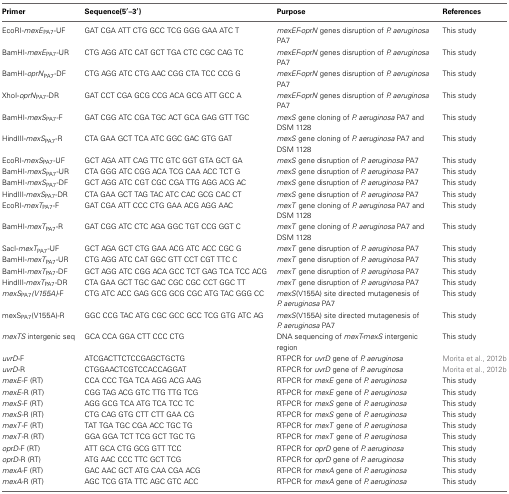
<table><thead><tr><td><b>Primer</b></td><td><b>Sequence(5′–3′)</b></td><td><b>Purpose</b></td><td><b>References</b></td></tr></thead><tbody><tr><td>EcoRI-<i>mexE</i><sub>PA7</sub>-UF</td><td>GAT CGA ATT CTG GCC TCG GGG GAA ATC T</td><td><i>mexEF-oprN</i> genes disruption of <i>P. aeruginosa</i> PA7</td><td>This study</td></tr><tr><td>BamHI-<i>mexE</i><sub>PA7</sub>-UR</td><td>CTG AGG ATC CAT GCT TGA CTC CGC CAG TC</td><td><i>mexEF-oprN</i> genes disruption of <i>P. aeruginosa</i> PA7</td><td>This study</td></tr><tr><td>BamHI-<i>oprN</i><sub>PA7</sub>-DF</td><td>CTG AGG ATC CTG AAC CGG CTA TCC CCG G</td><td><i>mexEF-oprN</i> genes disruption of <i>P. aeruginosa</i> PA7</td><td>This study</td></tr><tr><td>XhoI-<i>oprN</i><sub>PA7</sub>-DR</td><td>GAT CCT CGA GCG CCG ACA GCG ATT GCC A</td><td><i>mexEF-oprN</i> genes disruption of <i>P. aeruginosa</i> PA7</td><td>This study</td></tr><tr><td>BamHI-<i>mexS</i><sub>PA7</sub>-F</td><td>GAT CGG ATC CGA TGC ACT GCA GAG GTT TGC</td><td><i>mexS</i> gene cloning of <i>P. aeruginosa</i> PA7 and DSM 1128</td><td>This study</td></tr><tr><td>HindIII-<i>mexS</i><sub>PA7</sub>-R</td><td>CTA GAA GCT TCA ATC GGC GAC GTG GAT</td><td><i>mexS</i> gene cloning of <i>P. aeruginosa</i> PA7 and DSM 1128</td><td>This study</td></tr><tr><td>EcoRI-<i>mexS</i><sub>PA7</sub>-UF</td><td>GCT AGA ATT CAG TTC GTC GGT GTA GCT GA</td><td><i>mexS</i> gene disruption of <i>P. aeruginosa</i> PA7</td><td>This study</td></tr><tr><td>BamHI-<i>mexS</i><sub>PA7</sub>-UR</td><td>CTA GGG ATC CGG ACA TCG CAA ACC TCT G</td><td><i>mexS</i> gene disruption of <i>P. aeruginosa</i> PA7</td><td>This study</td></tr><tr><td>BamHI<i>-mexS</i><sub>PA7</sub>-DF</td><td>GCT AGG ATC CGT CGC CGA TTG AGG ACG AC</td><td><i>mexS</i> gene disruption of <i>P. aeruginosa</i> PA7</td><td>This study</td></tr><tr><td>HindIII-<i>mexS</i><sub>PA7</sub>-DR</td><td>CTA GAA GCT TAG TAC ATC CAC GCG CAC CT</td><td><i>mexS</i> gene disruption of <i>P. aeruginosa</i> PA7</td><td>This study</td></tr><tr><td>EcoRI-<i>mexT</i><sub>PA7</sub>-F</td><td>GAT CGA ATT CCC CTG GAA ACG AGG AAC</td><td><i>mexT</i> gene cloning of <i>P. aeruginosa</i> PA7 and DSM 1128</td><td>This study</td></tr><tr><td>BamHI-<i>mexT</i><sub>PA7</sub>-R</td><td>GAT CGG ATC CTC AGA GGC TGT CCG GGT C</td><td><i>mexT</i> gene cloning of <i>P. aeruginosa</i> PA7 and DSM 1128</td><td>This study</td></tr><tr><td>SacI-<i>mexT</i><sub>PA7</sub>-UF</td><td>GCT AGA GCT CTG GAA ACG ATC ACC CGC G</td><td><i>mexT</i> gene disruption of <i>P. aeruginosa</i> PA7</td><td>This study</td></tr><tr><td>BamHI-<i>mexT</i><sub>PA7</sub>-UR</td><td>CTG AGG ATC CAT GGC GTT CCT CGT TTC C</td><td><i>mexT</i> gene disruption of <i>P. aeruginosa</i> PA7</td><td>This study</td></tr><tr><td>BamHI-<i>mexT</i><sub>PA7</sub>-DF</td><td>GCT AGG ATC CGG ACA GCC TCT GAG TCA TCC ACG</td><td><i>mexT</i> gene disruption of <i>P. aeruginosa</i> PA7</td><td>This study</td></tr><tr><td>HindIII-<i>mexT</i><sub>PA7</sub>-DR</td><td>CTA GAA GCT TGC GAC CGC CGC CCT GGC TT</td><td><i>mexT</i> gene disruption of <i>P. aeruginosa</i> PA7</td><td>This study</td></tr><tr><td><i>mexS<sub>PA7</sub>(V155A)</i>-F</td><td>CTG ATC ACC GAG GCG GCG CGC ATG TAC GGG CC</td><td><i>mexS</i>(V155A) site directed mutagenesis of <i>P. aeruginosa</i> PA7</td><td>This study</td></tr><tr><td>mexS<sub>PA7</sub>(V155A)-R</td><td>GGC CCG TAC ATG CGC GCC GCC TCG GTG ATC AG</td><td><i>mexS</i>(V155A) site directed mutagenesis of <i>P. aeruginosa</i> PA7</td><td>This study</td></tr><tr><td><i>mexTS</i> intergenic seq</td><td>GCA CCA GGA CTT CCC CTG</td><td>DNA sequencing of <i>mexT-mexS</i> intergenic region</td><td>This study</td></tr><tr><td><i>uvrD</i>-F</td><td>ATCGACTTCTCCGAGCTGCTG</td><td>RT-PCR for <i>uvrD</i> gene of <i>P. aeruginosa</i></td><td>Morita et al., 2012b</td></tr><tr><td><i>uvrD</i>-R</td><td>CTGGAACTCGTCCACCAGGAT</td><td>RT-PCR for <i>uvrD</i> gene of <i>P. aeruginosa</i></td><td>Morita et al., 2012b</td></tr><tr><td><i>mexE</i>-F (RT)</td><td>CCA CCC TGA TCA AGG ACG AAG</td><td>RT-PCR for <i>mexE</i> gene of <i>P. aeruginosa</i></td><td>This study</td></tr><tr><td><i>mexE</i>-R (RT)</td><td>CGG TAG ACG GTC TTG TTG TCG</td><td>RT-PCR for <i>mexE</i> gene of <i>P. aeruginosa</i></td><td>This study</td></tr><tr><td><i>mexS</i>-F (RT)</td><td>AGG GCG TCA ATG TCA TCC TC</td><td>RT-PCR for <i>mexS</i> gene of <i>P. aeruginosa</i></td><td>This study</td></tr><tr><td><i>mexS</i>-R (RT)</td><td>CTG CAG GTG CTT CTT GAA CG</td><td>RT-PCR for <i>mexS</i> gene of <i>P. aeruginosa</i></td><td>This study</td></tr><tr><td><i>mexT</i>-F (RT)</td><td>TAT TGA TGC CGA ACC TGC TG</td><td>RT-PCR for <i>mexT</i> gene of <i>P. aeruginosa</i></td><td>This study</td></tr><tr><td><i>mexT</i>-R (RT)</td><td>GGA GGA TCT TCG GCT TGC TG</td><td>RT-PCR for <i>mexT</i> gene of <i>P. aeruginosa</i></td><td>This study</td></tr><tr><td><i>oprD</i>-F (RT)</td><td>ATT GCA CTG GCG GTT TCC</td><td>RT-PCR for <i>oprD</i> gene of <i>P. aeruginosa</i></td><td>This study</td></tr><tr><td><i>oprD</i>-R (RT)</td><td>ATG AAC CCC TTC GCT TCG</td><td>RT-PCR for <i>oprD</i> gene of <i>P. aeruginosa</i></td><td>This study</td></tr><tr><td><i>mexA</i>-F (RT)</td><td>GAC AAC GCT ATG CAA CGA ACG</td><td>RT-PCR for <i>mexA</i> gene of <i>P. aeruginosa</i></td><td>This study</td></tr><tr><td><i>mexA</i>-R (RT)</td><td>AGC TCG GTA TTC AGC GTC ACC</td><td>RT-PCR for <i>mexA</i> gene of <i>P. aeruginosa</i></td><td>This study</td></tr></tbody></table>